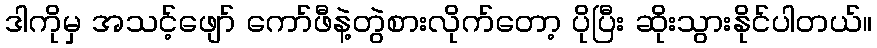
ဒါကိုမှ အသင့်ဖျော် ကော်ဖီနဲ့တွဲစားလိုက်တော့ ပိုပြီး ဆိုးသွားနိုင်ပါတယ်။